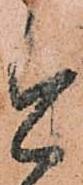
今